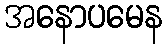
အနောပမေန